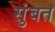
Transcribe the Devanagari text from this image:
सुंबत